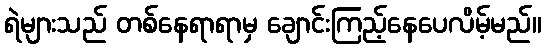
ရဲများသည် တစ်နေရာရာမှ ချောင်းကြည့်နေပေလိမ့်မည်။